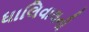
ધાલિવાલની